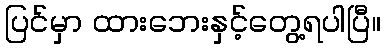
ပြင်မှာ ထားဘေးနှင့်တွေ့ရပါပြီ။